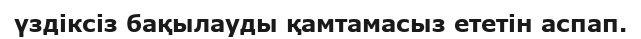
үздіксіз бақылауды қамтамасыз ететін аспап.